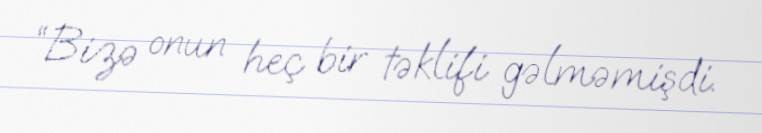
“Bizə onun heç bir təklifi gəlməmişdi.